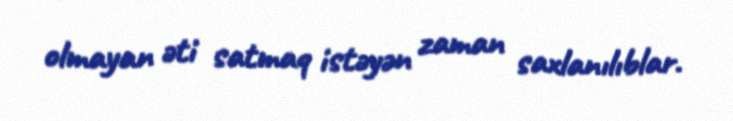
olmayan əti satmaq istəyən zaman saxlanılıblar.